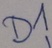
Text: D1